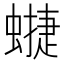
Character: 𧐥